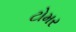
ટોમર